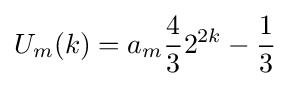
U_{m}(k)=a_{m}{\frac {4}{3}}2^{2k}-{\frac {1}{3}}